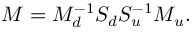
M = M _ { d } ^ { - 1 } S _ { d } S _ { u } ^ { - 1 } M _ { u } .